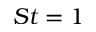
S t = 1